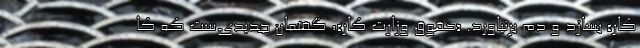
کار» بسازد و دم برنیاورد. «حقوق وزارت کار»، گفتمان جدیدی‌ست که کا